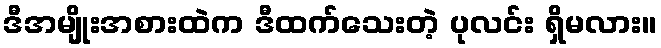
ဒီအမျိုးအစားထဲက ဒီထက်သေးတဲ့ ပုလင်း ရှိမလား။